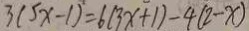
3 ( 5 x - 1 ) = 6 ( 3 x + 1 ) - 4 ( 2 - x )